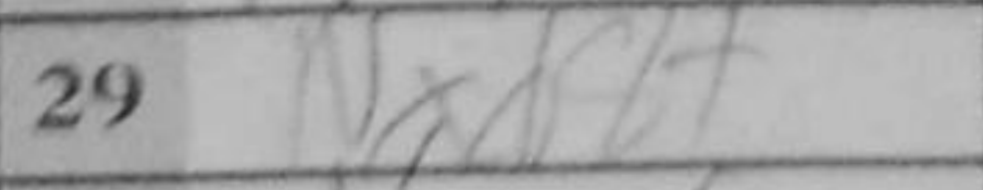
Transcription: Nxd4+